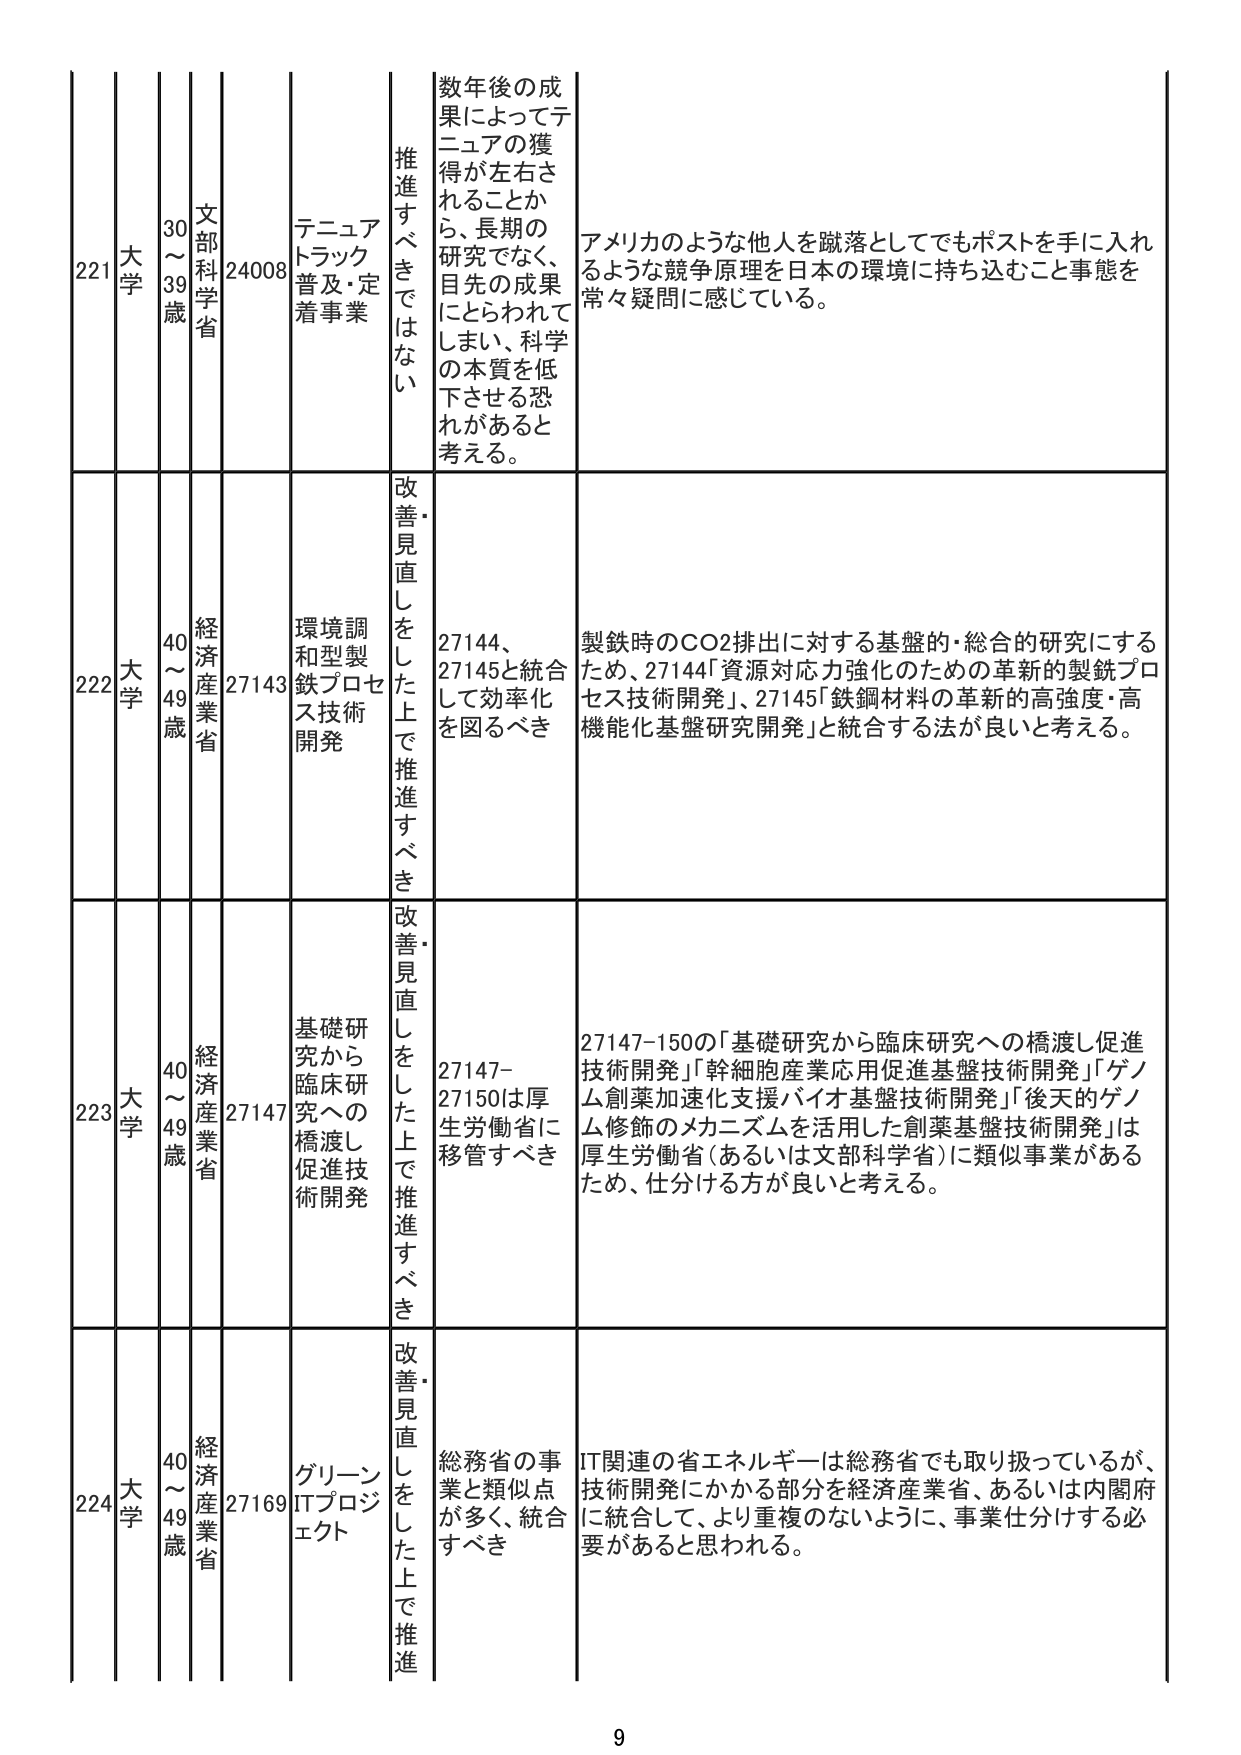
221 大学 30～39歳 文部科学省 24008 テニュア トラック 普及・定着事業 推進すべきではない 数年後の成果によってテニュアの獲得が左右されることから、長期の研究でなく、目先の成果にとらわれてしまい、科学の本質を低下させる恐れがあると考える。 アメリカのような他人を蹴落としてでもポストを手に入れ るような競争原理を日本の環境に持ち込むこと事態を 常々疑問に感じている。

222 大学 40～49歳 経済産業省 27143 環境調和型製鉄プロセス技術開発 改善・見直しをした上で推進すべき 27144、27145と統合して効率化を図るべき 製鉄時のCO2排出に対する基盤的・総合的研究にするため、27144「資源対応力強化のための革新的製鉄プロセス技術開発」、27145「鉄鋼材料の革新的高強度・高機能化基盤研究開発」と統合する法が良いと考える。

223 大学 40～49歳 経済産業省 27147 基礎研究から臨床研究への橋渡し促進技術開発 改善・見直しをした上で推進すべき 27147-27150は厚生労働省に移管すべき 27147-150の「基礎研究から臨床研究への橋渡し促進技術開発」「幹細胞産業応用促進基盤技術開発」「ゲノム創薬加速化支援バイオ基盤技術開発」「後天的ゲノム修飾のメカニズムを活用した創薬基盤技術開発」は厚生労働省（あるいは文部科学省）に類似事業があるため、仕分ける方が良いと考える。

224 大学 40～49歳 経済産業省 27169 グリーンITプロジェクト 改善・見直しをした上で推進すべき 総務省の事業と類似点が多く、統合すべき IT関連の省エネルギーは総務省でも取り扱っているが、技術開発にかかる部分を経済産業省、あるいは内閣府に統合して、より重複のないように、事業仕分けする必要があると思われる。

9